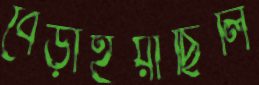
বেড়াইয়াছিলি